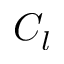
C _ { l }